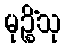
မုဉ္စိံသု